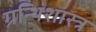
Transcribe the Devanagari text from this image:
ग्रन्थिशास्त्र